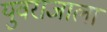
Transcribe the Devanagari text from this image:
युवराजाला